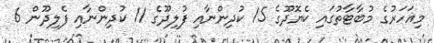
މިއަހަރުގެ މުބާޓާތުގައި ކެޔޮދޫގެ 15 ކުދިންނާއި ފުލިދޫގެ 11 ކުދިންނާއި ފެލިދޫން 6